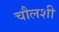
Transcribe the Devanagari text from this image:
चौलशी